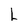
Character: L